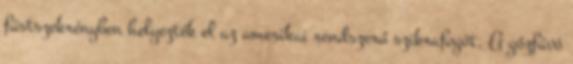
füstszekrényben helyezték el az amerikai rendszerű szikrafogót. A gőzfúvó